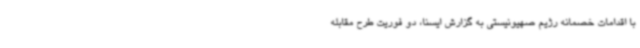
با اقدامات خصمانه رژیم صهیونیستی به گزارش ایسنا، دو فوریت طرح مقابله